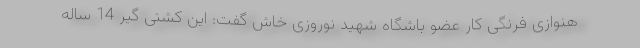
هنوازی فرنگی کار عضو باشگاه شهید نوروزی خاش گفت: این کشتی گیر 14 ساله